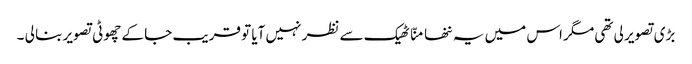
بڑی تصویر لی تھی مگر اس میں یہ ننھا منّا ٹھیک سے نظر نہیں آیا تو قریب جا کے چھوٹی تصویر بنا لی ۔